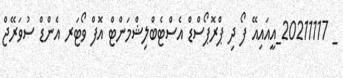
_ 20211117_އީއައިއޭ ފޯ ދި ޕްރޮޕޯސްޑް އެސްޓެބްލިޝްމަންޓް އޮފް ވޯޓަރ އެންޑް ސުވަރޭޖް